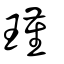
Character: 瑾